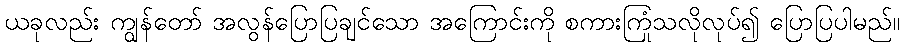
ယခုလည်း ကျွန်တော် အလွန်ပြောပြချင်သော အကြောင်းကို စကားကြုံသလိုလုပ်၍ ပြောပြပါမည်။